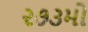
૨૭૩મો